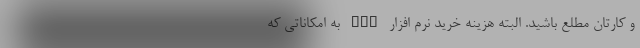
و کارتان مطلع باشید. البته هزینه خرید نرم افزار CRM به امکاناتی که